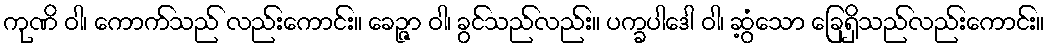
ကုဏိ ဝါ၊ ကောက်သည် လည်းကောင်း။ ခေဉ္ဇာ ဝါ၊ ခွင်သည်လည်း။ ပက္ခပါဒေါ ဝါ၊ ဆွံ့သော ခြေရှိသည်လည်းကောင်း။